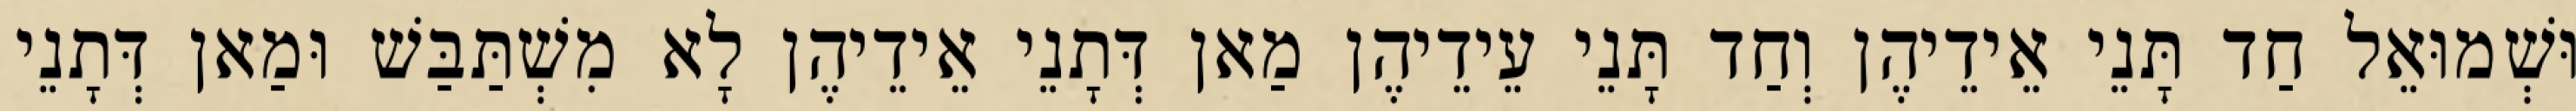
וּשְׁמוּאֵל חַד תָּנֵי אֵידֵיהֶן וְחַד תָּנֵי עֵידֵיהֶן מַאן דְּתָנֵי אֵידֵיהֶן לָא מִשְׁתַּבַּשׁ וּמַאן דְּתָנֵי